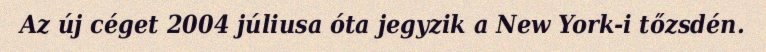
Az új céget 2004 júliusa óta jegyzik a New York-i tőzsdén.